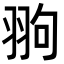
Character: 翑